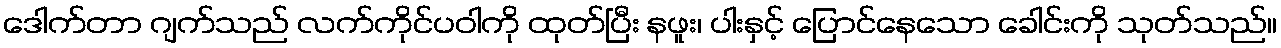
ဒေါက်တာ ဂျက်သည် လက်ကိုင်ပဝါကို ထုတ်ပြီး နဖူး၊ ပါးနှင့် ပြောင်နေသော ခေါင်းကို သုတ်သည်။